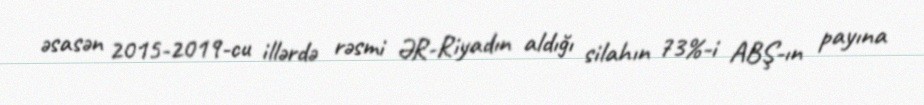
əsasən 2015-2019-cu illərdə rəsmi ƏR-Riyadın aldığı silahın 73%-i ABŞ-ın payına